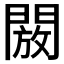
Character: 𮤖